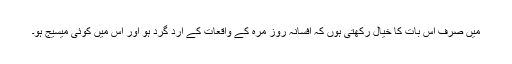
میں صرف اس بات کا خیال رکھتی ہوں کہ افسانہ روز مرہ کے واقعات کے ارد گرد ہو اور اس میں کوئی میسیج ہو۔